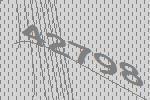
42798